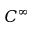
C ^ { \infty }